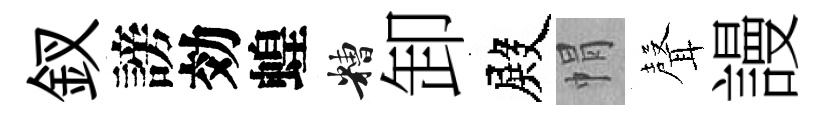
釵謗効蝗糟卸殿㡌𮋻謾